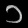
Digit: ၁